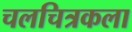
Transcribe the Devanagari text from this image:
चलचित्रकला